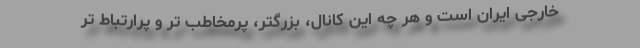
خارجی ایران است و هر چه این کانال، بزرگتر، پرمخاطب تر و پرارتباط تر